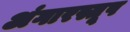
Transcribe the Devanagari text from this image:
अंगारस्तूप